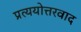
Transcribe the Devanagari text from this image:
प्रत्ययोत्तरवाद